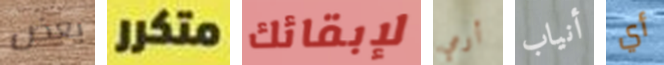
بعض متكرر لإبقائك أرمي أنياب أي